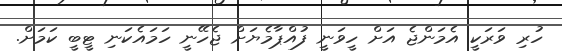
ހުރި ވަރަކީ އެމަންޖެ އަށް ހީވަނީ ފުއްޕާމެޔަށް ޖެހޭނީ ހަމައެކަނި ޓީބީ ކަމަށް.